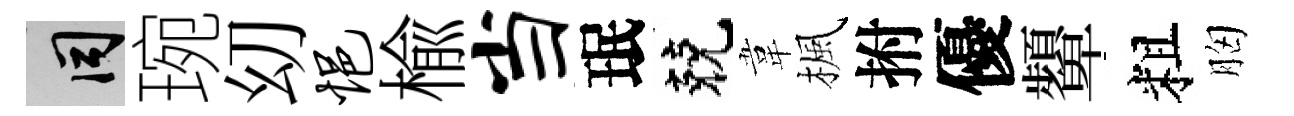
间琬㓜悒楡当珉兢韋楓拊優顰粗胸